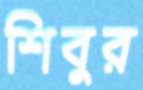
শিবুর